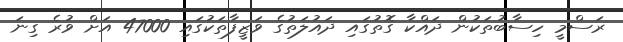
ރަސްމީ ހިސާބުތަކުން ދައްކާ ގޮތުގައި ދައުލަތުގެ ވަޒީފާތަކުގައި 47000 އަށް ވުރެ ގިނަ